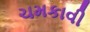
ચમકાવી